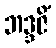
ဘဒ္ဒဇိံ